Note on the mental hospitals in Burma - 1925-1940
Year: 1925
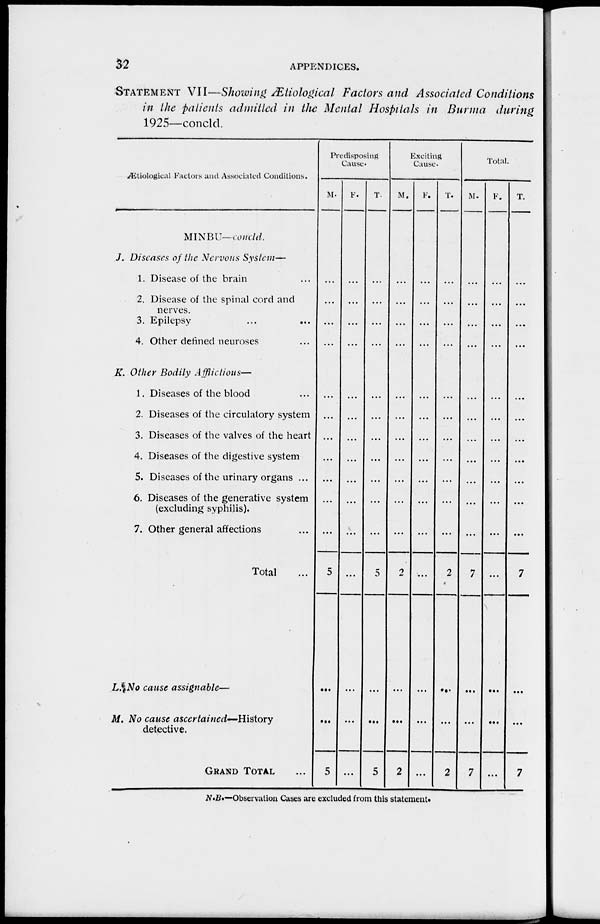
32
APPENDICES.
STATEMENT VII—Showing Ætiological Factors and Associated Conditions
in the patients admitted, in the Mental Hospitals in Burma during
1925—concld.
Ætiological Factors and Associated Conditions.
MINBU—concld.
J. Diseases of the Nervous System—
1. Disease of the brain ...
2. Disease of the spinal cord and
nerves.
3. Epilepsy ... ...
4. Other denned neuroses ...
K. Other Bodily Afflictions—
1. Diseases of the blood ...
2. Diseases of the circulatory system
3. Diseases of the valves of the heart
4. Diseases of the digestive system
5. Diseases of the urinary organs ...
6. Diseases of the generative system
(excluding syphilis).
7. Other general affections ...
Total ...
L. No cause assignable—
M. No cause ascertained—History
detective.
GRAND TOTAL ...
Predisposing
Cause.
M.
...
...
...
...
...
...
...
...
...
...
...
5
...
...
5
F.
...
...
...
...
...
...
...
...
...
...
...
...
...
...
...
T.
...
...
...
...
...
...
...
...
...
...
...
5
...
...
5
Exciting
Cause.
M.
...
...
...
...
...
...
...
...
...
...
...
2
...
...
2
F.
...
...
...
...
...
...
...
...
...
...
...
...
...
...
...
T.
...
...
...
...
...
...
...
...
...
...
...
2
...
...
2
Total.
M.
...
...
...
...
...
...
...
...
...
...
...
7
...
...
7
F.
...
...
...
...
...
...
...
...
...
...
...
...
...
...
...
T.
...
...
...
...
...
...
...
...
...
...
...
7
...
...
7
N.B.—Observation Cases are excluded from this statement.